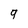
Character: q